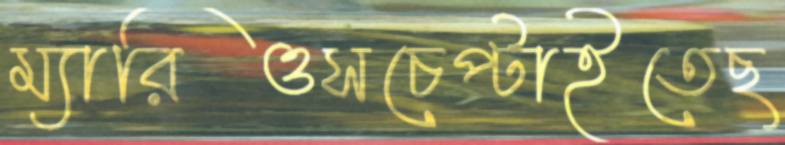
ম্যারিওসচেপ্‌টাইতেছ